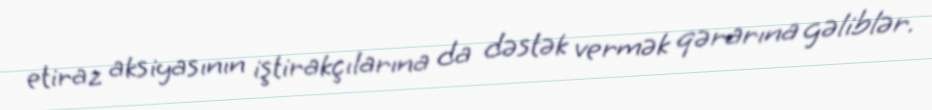
etiraz aksiyasının iştirakçılarına da dəstək vermək qərarına gəliblər.